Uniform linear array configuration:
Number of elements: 48
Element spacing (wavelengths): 0.5
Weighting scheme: cosine
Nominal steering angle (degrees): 15
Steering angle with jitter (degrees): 14.855
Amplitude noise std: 0.05
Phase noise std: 0.05

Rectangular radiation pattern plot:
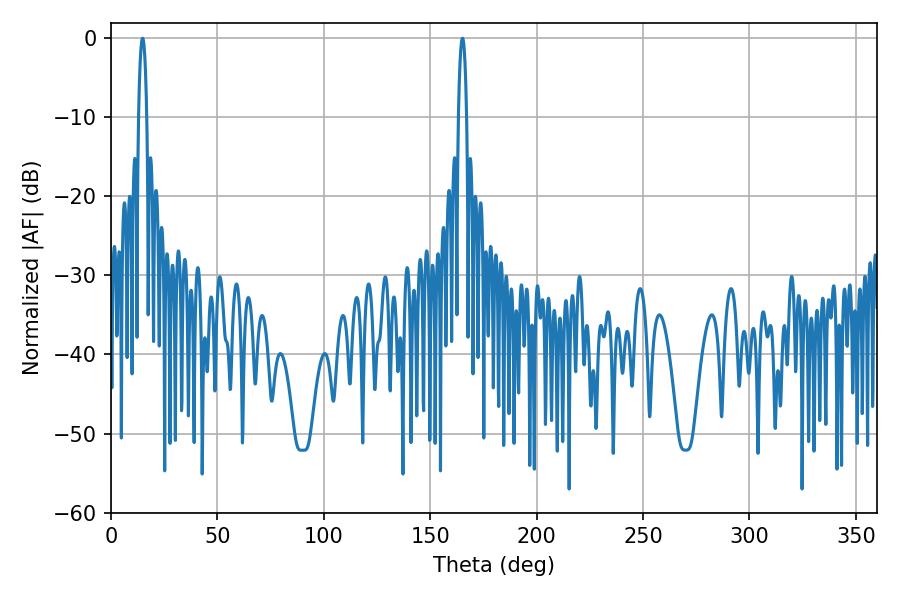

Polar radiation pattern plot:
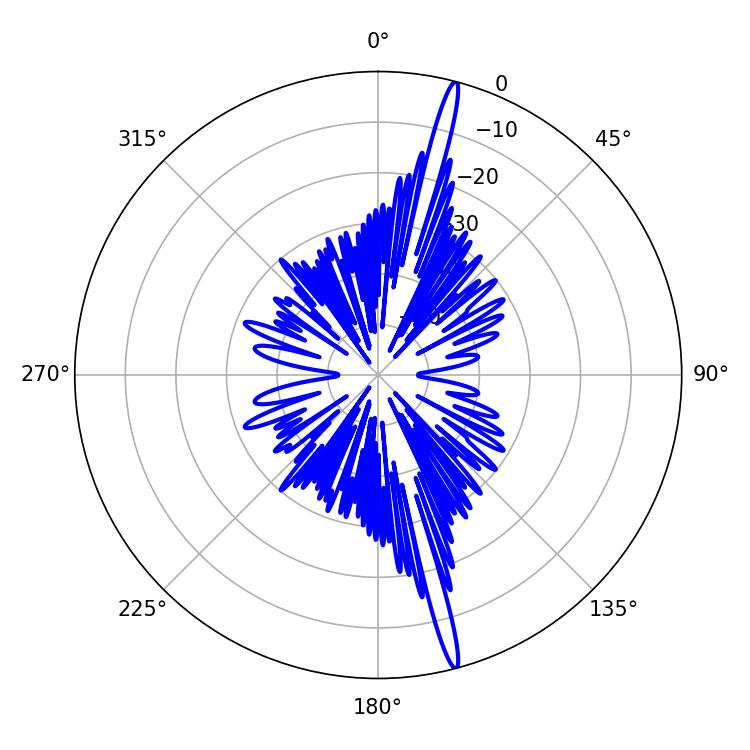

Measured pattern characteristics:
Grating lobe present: FALSE
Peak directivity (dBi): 19.536
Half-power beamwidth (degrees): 1.98
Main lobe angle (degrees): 165.24